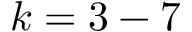
k = 3 - 7